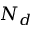
N _ { d }